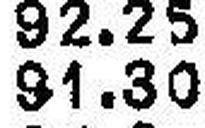
91.30